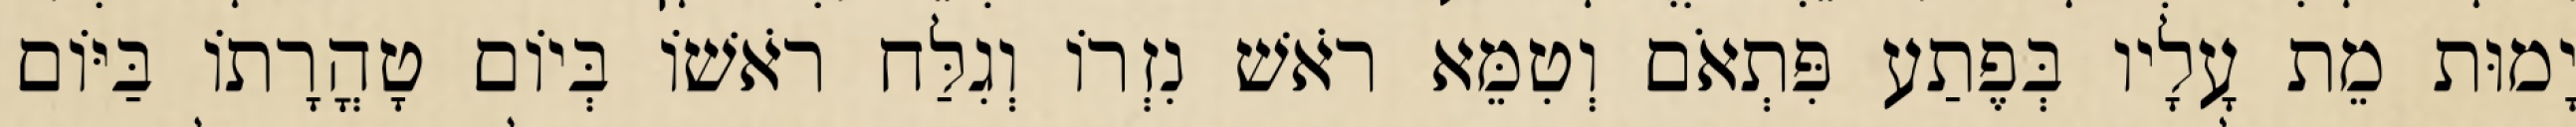
יָמוּת מֵת עָלָיו בְּפֶתַע פִּתְאֹם וְטִמֵּא רֹאשׁ נִזְרוֹ וְגִלַּח רֹאשׁוֹ בְּיוֹם טָהֳרָתוֹ בַּיּוֹם